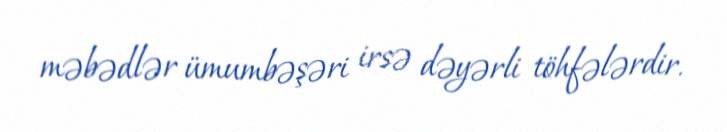
məbədlər ümumbəşəri irsə dəyərli töhfələrdir.